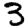
Digit: 3